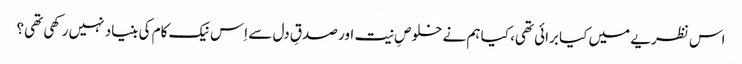
اس نظریے میں کیا برائی تھی، کیا ہم نے خلوصِ نیت اور صدقِ دل سے اِس نیک کام کی بنیاد نہیں رکھی تھی؟